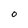
Character: 0